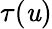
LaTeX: \tau(\mathit{u})